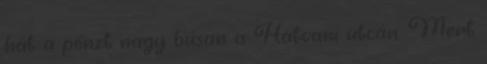
hát a pénzt nagy búsan a Hatvani utcán. Mert